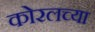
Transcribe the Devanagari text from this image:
काेरलच्या